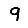
Digit: 9